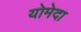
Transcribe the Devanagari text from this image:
योमेदा